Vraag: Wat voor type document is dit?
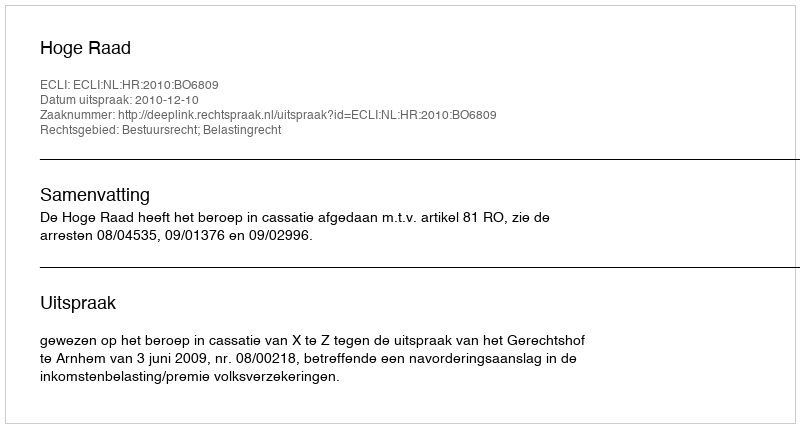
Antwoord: Uitspraak